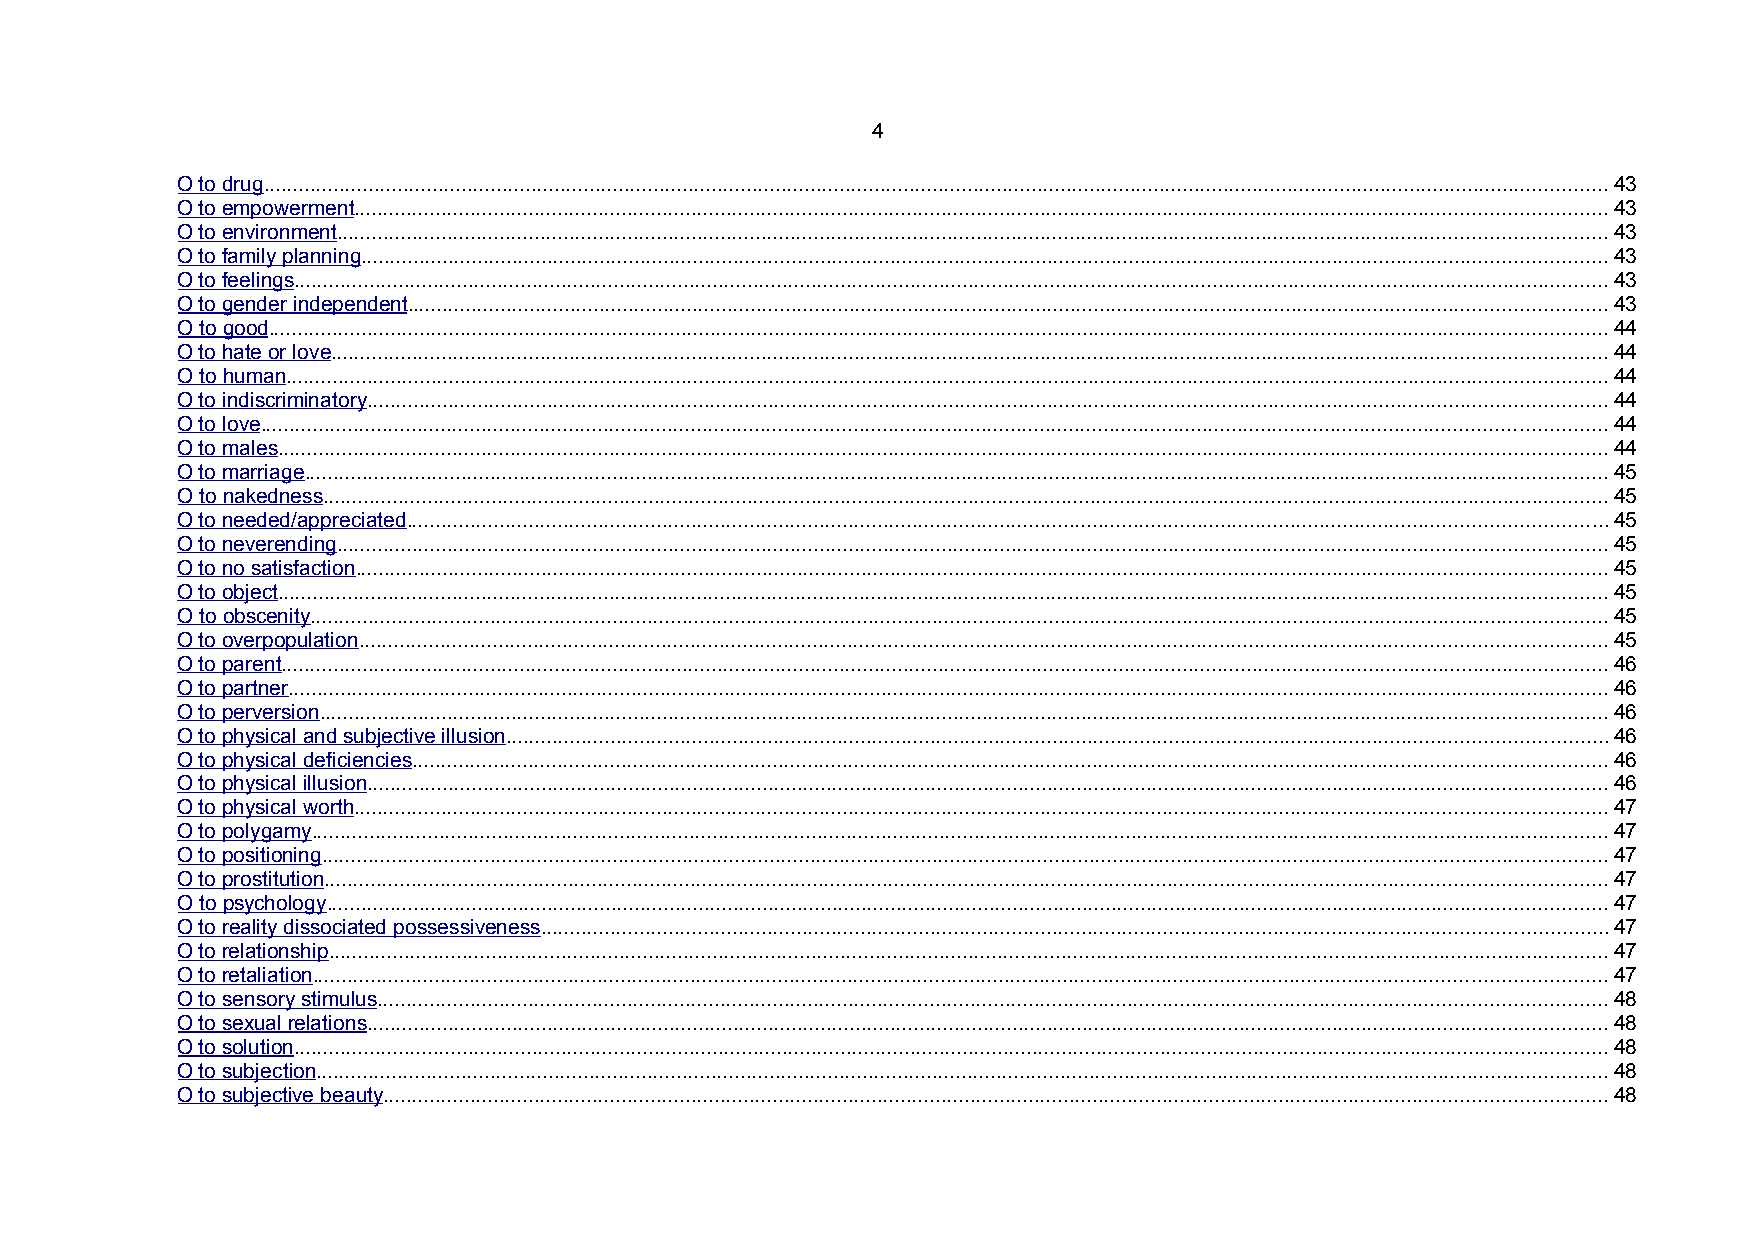
4
 O to drug.......................................................................................................................................................................................................................................43
 O to empowerment.......................................................................................................................................................................................................................43
 O to environment..........................................................................................................................................................................................................................43
 O to family planning......................................................................................................................................................................................................................43
 O to feelings..................................................................................................................................................................................................................................43
 O to gender independent..............................................................................................................................................................................................................43
 O to good......................................................................................................................................................................................................................................44
 O to hate or love...........................................................................................................................................................................................................................44
 O to human...................................................................................................................................................................................................................................44
 O to indiscriminatory.....................................................................................................................................................................................................................44
 O to love.......................................................................................................................................................................................................................................44
 O to males....................................................................................................................................................................................................................................44
 O to marriage................................................................................................................................................................................................................................45
 O to nakedness.............................................................................................................................................................................................................................45
 O to needed/appreciated..............................................................................................................................................................................................................45
 O to neverending..........................................................................................................................................................................................................................45
 O to no satisfaction.......................................................................................................................................................................................................................45
 O to object....................................................................................................................................................................................................................................45
 O to obscenity...............................................................................................................................................................................................................................45
 O to overpopulation......................................................................................................................................................................................................................45
 O to parent....................................................................................................................................................................................................................................46
 O to partner...................................................................................................................................................................................................................................46
 O to perversion.............................................................................................................................................................................................................................46
 O to physical and subjective illusion.............................................................................................................................................................................................46
 O to physical deficiencies.............................................................................................................................................................................................................46
 O to physical illusion.....................................................................................................................................................................................................................46
 O to physical worth.......................................................................................................................................................................................................................47
 O to polygamy...............................................................................................................................................................................................................................47
 O to positioning.............................................................................................................................................................................................................................47
 O to prostitution............................................................................................................................................................................................................................47
 O to psychology............................................................................................................................................................................................................................47
 O to reality dissociated possessiveness.......................................................................................................................................................................................47
 O to relationship............................................................................................................................................................................................................................47
 O to retaliation..............................................................................................................................................................................................................................47
 O to sensory stimulus...................................................................................................................................................................................................................48
 O to sexual relations.....................................................................................................................................................................................................................48
 O to solution..................................................................................................................................................................................................................................48
 O to subjection..............................................................................................................................................................................................................................48
 O to subjective beauty..................................................................................................................................................................................................................48